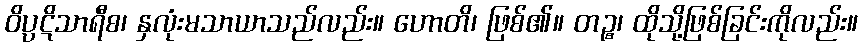
ဝိပ္ပဋိသာရီစ၊ နှလုံးမသာယာသည်လည်း။ ဟောတိ၊ ဖြစ်၏။ တဉ္စ၊ ထိုသို့ဖြစ်ခြင်းကိုလည်း။